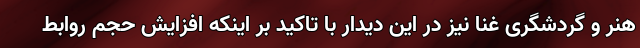
هنر و گردشگری غنا نیز در این دیدار با تاکید بر اینکه افزایش حجم روابط